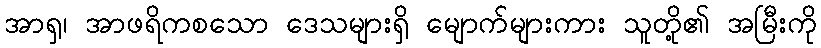
အာရှ၊ အာဖရိကစသော ဒေသများရှိ မျောက်များကား သူတို့၏ အမြီးကို